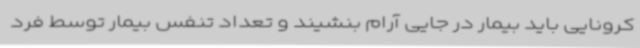
کرونایی باید بیمار در جایی آرام بنشیند و تعداد تنفس بیمار توسط فرد